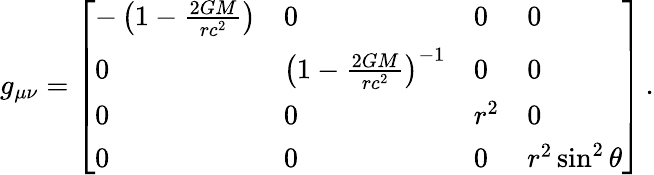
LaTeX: g_{\mu\nu}={\left[\begin{array}{llll}{-\left(1-{\frac{2GM}{rc^{2}}}\right)}&{0}&{0}&{0}\\ {0}&{\left(1-{\frac{2GM}{rc^{2}}}\right)^{-1}}&{0}&{0}\\ {0}&{0}&{r^{2}}&{0}\\ {0}&{0}&{0}&{r^{2}\sin^{2}\theta}\end{array}\right]}\, .